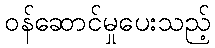
ဝန်ဆောင်မှုပေးသည့်